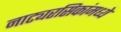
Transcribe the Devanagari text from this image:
नाट्यरसिकांमध्ये